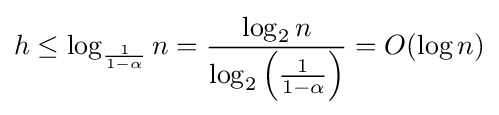
h\leq \log _{\frac {1}{1-\alpha }}n={\frac {\log _{2}n}{\log _{2}\left({\frac {1}{1-\alpha }}\right)}}=O(\log n)